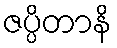
ဇပ္ပိတာနိ